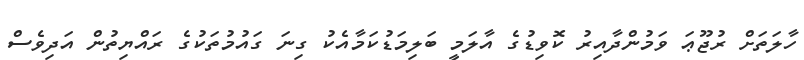
ހާލަތަށް ރުޖޫޢަ ވަމުންދާއިރު ކޮވިޑުގެ އާލަމީ ބަލިމަޑުކަމާއެކު ގިނަ ގައުމުތަކުގެ ރައްޔިތުން އަދިވެސް